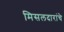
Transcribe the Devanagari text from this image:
मिसलदारांचे